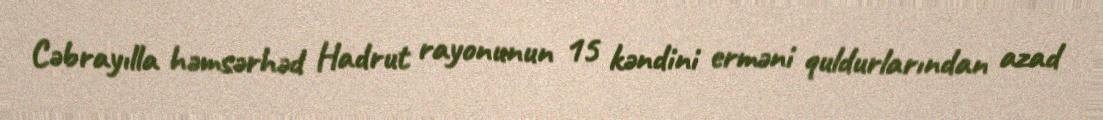
Cəbrayılla həmsərhəd Hadrut rayonunun 15 kəndini erməni quldurlarından azad